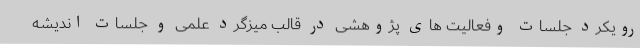
رویکرد جلسات وفعالیت های پژوهشی در قالب میزگرد علمی و جلسات اندیشه